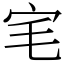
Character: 宒